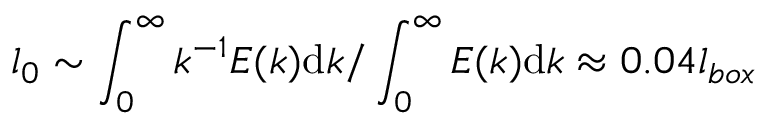
l _ { 0 } \sim \int _ { 0 } ^ { \infty } k ^ { - 1 } E ( k ) \mathrm { d } k / \int _ { 0 } ^ { \infty } E ( k ) \mathrm { d } k \approx 0 . 0 4 l _ { b o x }